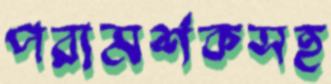
পরামর্শকসহ